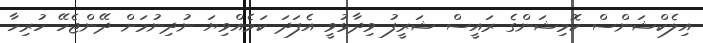
އިލެކްޝަންސް ކޮމިޝަންގެ ރައީސް ޝަރީފު ވިދާޅުވީ އެފަދަ ކަމެއްވިޔަ ނުދިނުމަށް ދޭންޖެހޭ ހުރިހާ